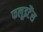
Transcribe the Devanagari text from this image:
फलूइटैंस